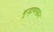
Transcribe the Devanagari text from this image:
बुर्‍हाणखान